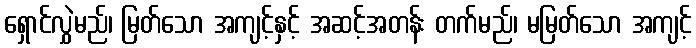
ရှောင်လွှဲမည်၊ မြတ်သော အကျင့်နှင့် အဆင့်အတန်း တက်မည်၊ မမြတ်သော အကျင့်